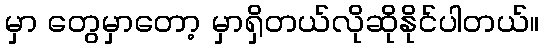
မှာ တွေမှာတော့ မှာရှိတယ်လိုဆိုနိုင်ပါတယ်။